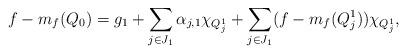
LaTeX: \begin{align*}f-m_f(Q_0)=g_1+\sum_{j\in J_1}\alpha_{j,1}\chi_{Q^1_j}+\sum_{j\in J_1}(f-m_f(Q^1_j))\chi_{Q^1_j},\end{align*}